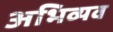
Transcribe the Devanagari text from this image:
अभिव्यव